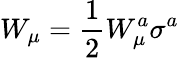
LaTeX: W_{\mu}=\frac{1}{2}W_{\mu}^{a}\sigma^{a}